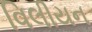
વિલીયન